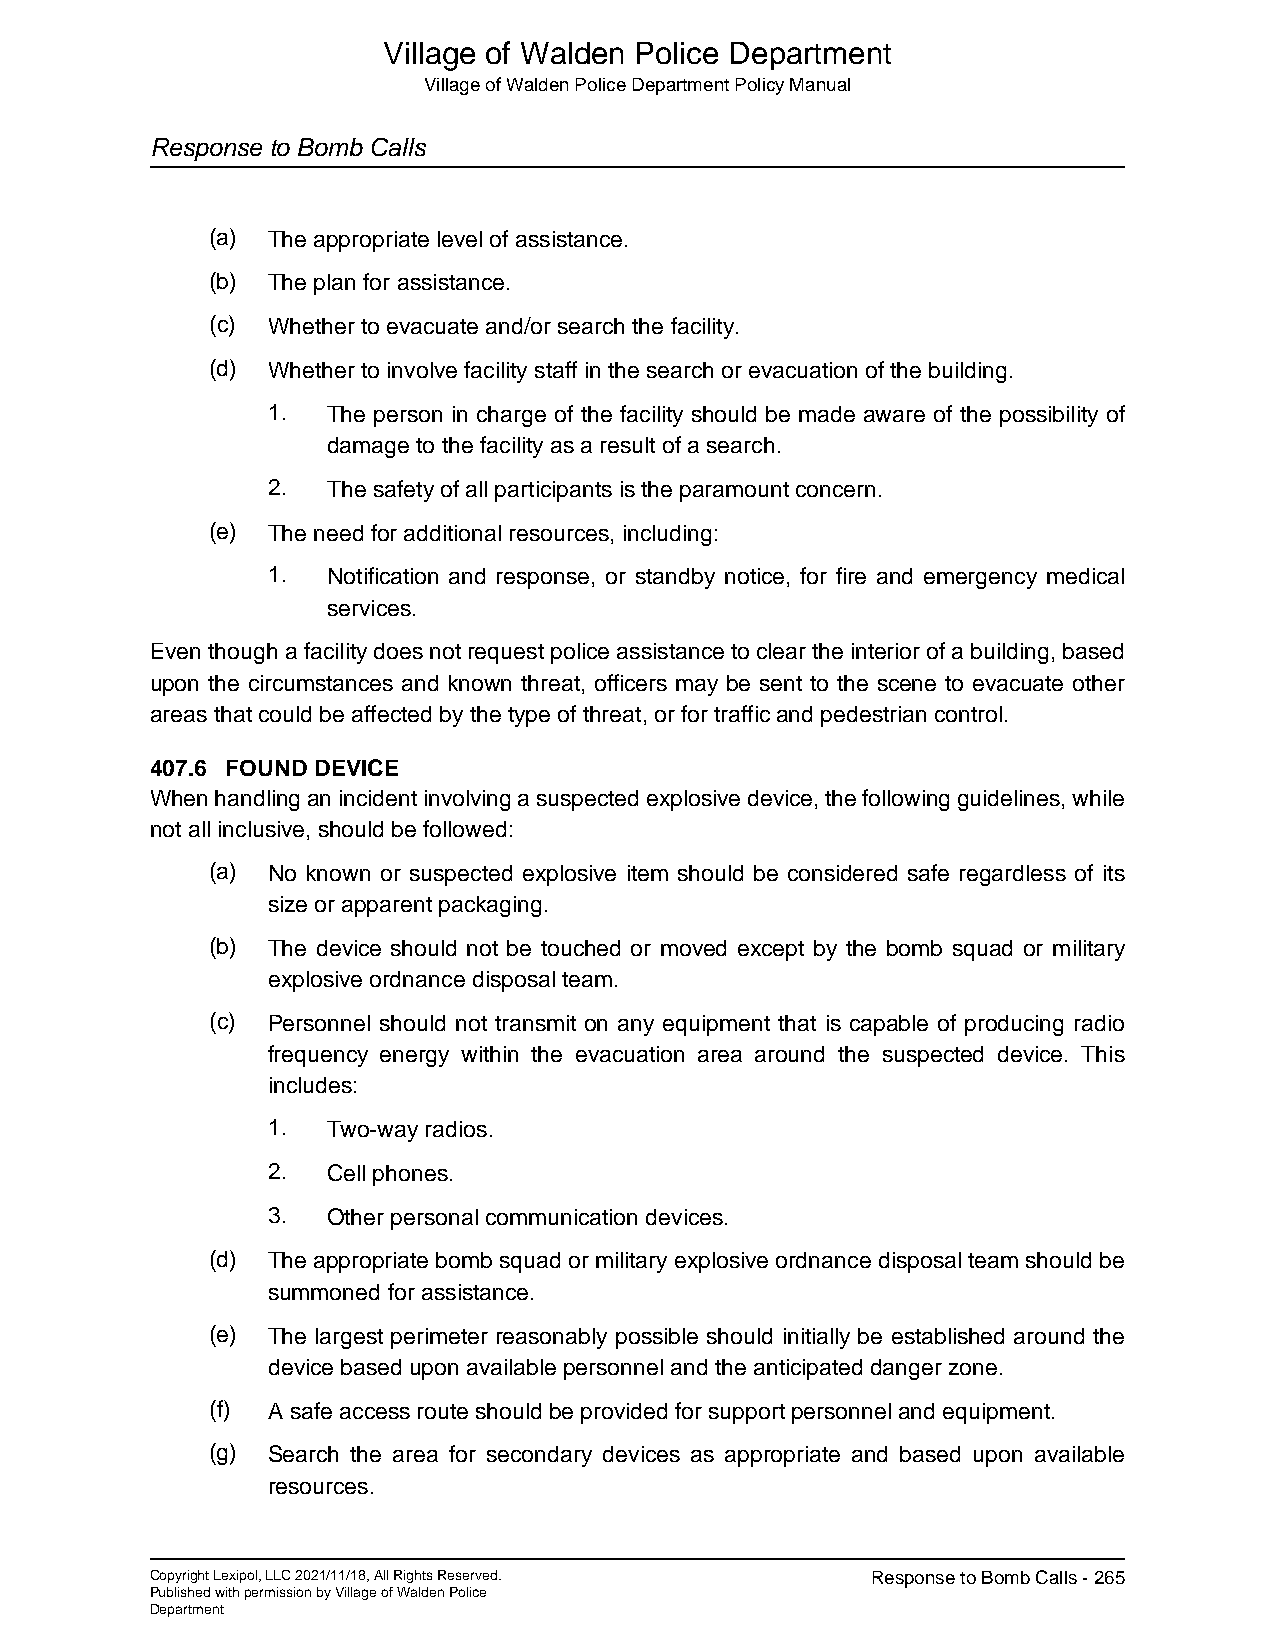
Village of Walden Police Department
 Village of Walden Police Department Policy Manual
 Response to Bomb Calls
 (a) The appropriate level of assistance.
 (b) The plan for assistance.
 (c) Whether to evacuate and/or search the facility.
 (d) Whether to involve facility staff in the search or evacuation of the building.
 1.  The person in charge of the facility should be made aware of the possibility of
 damage to the facility as a result of a search.
 2.  The safety of all participants is the paramount concern.
 (e) The need for additional resources, including:
 1.  Notification and response, or standby notice, for fire and emergency medical
 services.
 Even though a facility does not request police assistance to clear the interior of a building, based
 upon the circumstances and known threat, officers may be sent to the scene to evacuate other
 areas that could be affected by the type of threat, or for traffic and pedestrian control.
 407.6 FOUND DEVICE
 When handling an incident involving a suspected explosive device, the following guidelines, while
 not all inclusive, should be followed:
 (a) No known or suspected explosive item should be considered safe regardless of its
 size or apparent packaging.
 (b) The device should not be touched or moved except by the bomb squad or military
 explosive ordnance disposal team.
 (c) Personnel should not transmit on any equipment that is capable of producing radio
 frequency energy within the evacuation area around the suspected device. This
 includes:
 1.  Two-way radios.
 2.  Cell phones.
 3.  Other personal communication devices.
 (d) The appropriate bomb squad or military explosive ordnance disposal team should be
 summoned for assistance.
 (e) The largest perimeter reasonably possible should initially be established around the
 device based upon available personnel and the anticipated danger zone.
 (f) A safe access route should be provided for support personnel and equipment.
 (g) Search the area for secondary devices as appropriate and based upon available
 resources.
 Copyright Lexipol, LLC 2021/11/18, All Rights Reserved. Response to Bomb Calls - 265
 Published with permission by Village of Walden Police
 Department